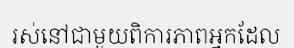
រស់នៅជាមួយពិការភាពអ្នកដែល